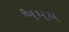
અમય